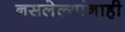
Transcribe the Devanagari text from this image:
नसलेल्यांनाही